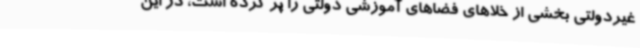
غیردولتی بخشی از خلاهای فضاهای آموزشی دولتی را پر کرده است، در این